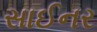
સાઈનર